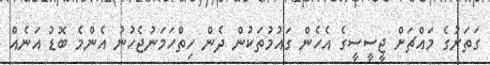
ގަތަރުގެ މައްޗަށް ޖީސީސީގެ އެހެން ގައުމުތަކުން ދެން ހިތްހަމަނުޖެހުނު އެންމެ ބޮޑު އަނެއް